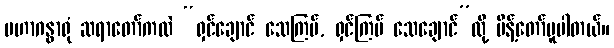
မဟာဂန္ဓာရုံ ဆရာတော်ကလဲ “ရှင်ချောင် သေကြပ်, ရှင်ကြပ် သေချောင်”လို့ မိန့်တော်မူပါတယ်။